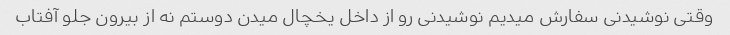
وقتی نوشیدنی سفارش میدیم نوشیدنی رو از داخل یخچال میدن دوستم‌ نه از بیرون جلو آفتاب